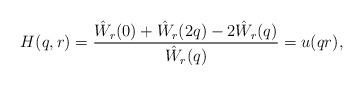
LaTeX: \begin{align*}H(q,r) = \frac{\hat W_r(0) + \hat W_r(2q) - 2\hat W_r(q)}{\hat W_r(q)} = u(qr),\end{align*}